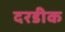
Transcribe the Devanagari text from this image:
दरडीक